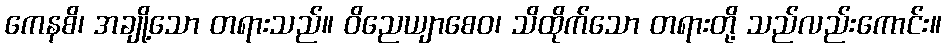
ကေနစိ၊ အချို့သော တရားသည်။ ဝိညေယျာစေဝ၊ သိထိုက်သော တရားတို့ သည်လည်းကောင်း။